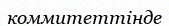
коммитеттінде